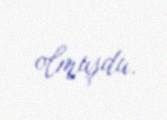
olmuşdu.